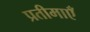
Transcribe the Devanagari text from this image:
प्रतीमाएँ